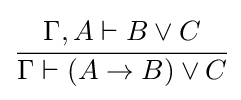
{\cfrac {\Gamma ,A\vdash B\lor C}{\Gamma \vdash (A\to B)\lor C}}